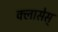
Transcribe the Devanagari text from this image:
क्लासेस्